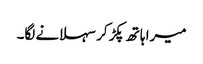
میرا ہاتھ پکڑ کر سہلانے لگا۔